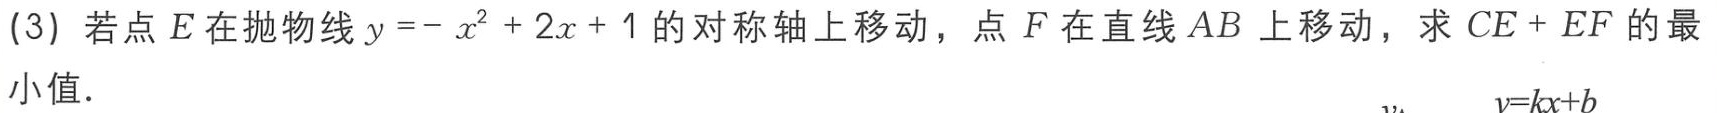
(3) 若点 \(E\) 在抛物线 \(y = -x^{2}+2x + 1\) 的对称轴上移动，点 \(F\) 在直线 \(AB\) 上移动，求 \(CE + EF\) 的最小值.  \(y = kx + b\)